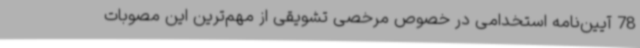
78 آیین‌نامه استخدامی در خصوص مرخصی تشویقی از مهم‌ترین این مصوبات